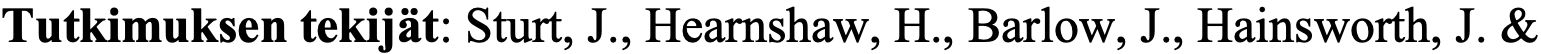
Tutkimuksen tekijät: Sturt, J., Hearnshaw, H., Barlow, J., Hainsworth, J. &